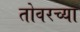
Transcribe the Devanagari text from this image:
तोवरच्या